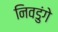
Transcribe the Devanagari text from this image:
निवडुंगे